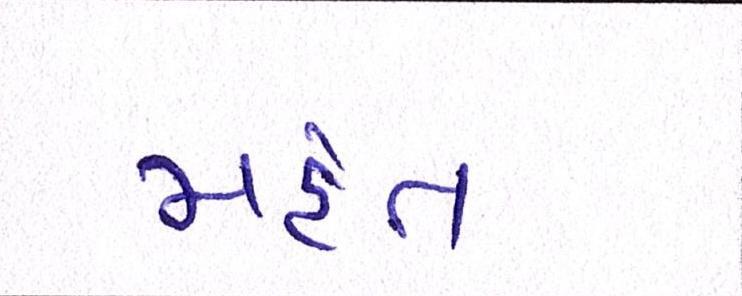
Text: મહંત